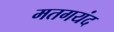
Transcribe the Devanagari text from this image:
मतगयंद